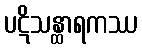
ပဋိသန္ထာရကဿ